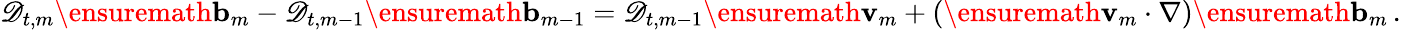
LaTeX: \mathscr{D}_{t,m}\ensuremath{\mathbf{b}}_{m}-\mathscr{D}_{t,m-1}\ensuremath{\mathbf{b}}_{m-1}=\mathscr{D}_{t,m-1}\ensuremath{\mathbf{v}}_{m}+(\ensuremath{\mathbf{v}}_{m}\cdot\nabla)\ensuremath{\mathbf{b}}_{m}\, .